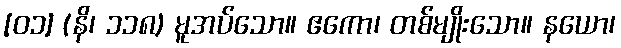
[၀၁] (နိ၊ ၁၁၈) မူအပ်သော။ ဧကော၊ တစ်မျိုးသော။ နယော၊